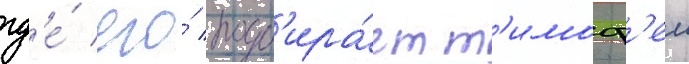
гд'е́ его́ подб'ира́ет т'имоф'еи